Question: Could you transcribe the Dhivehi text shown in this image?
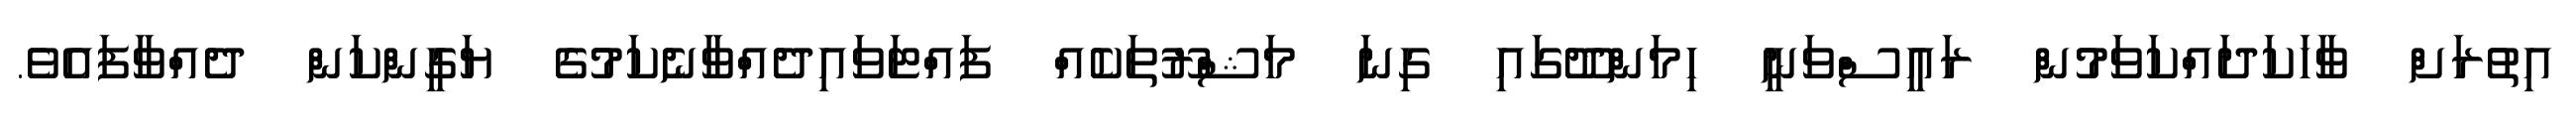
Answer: އިތުރަށް ވާހަކަދައްކަވަމުން ރައީސްވަނީ ހިމަންދޫގައި ގިނަ މަޝްރޫތަކެއް ފައްޓަވައިދެއްވާނެކަމުގެ ޔަގީންކަން ދެއްވާފައެވެ.